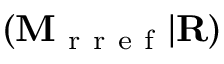
( \mathbf { M } _ { \mathrm { ~ r ~ r ~ e ~ f ~ } } | \mathbf { R } )